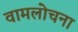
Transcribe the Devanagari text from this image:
वामलोचना